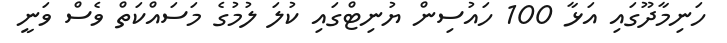
ހަނިމާދޫގައި އަޅާ 100 ހައުސިން ޔުނިޓްގައި ކުލަ ލުމުގެ މަސައްކަތް ވެސް ވަނީ